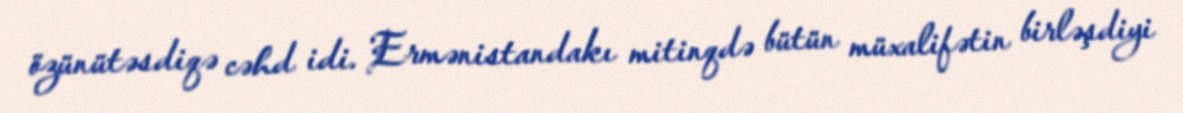
özünütəsdiqə cəhd idi. Ermənistandakı mitinqdə bütün müxalifətin birləşdiyi